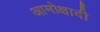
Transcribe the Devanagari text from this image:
आमोक्षादी